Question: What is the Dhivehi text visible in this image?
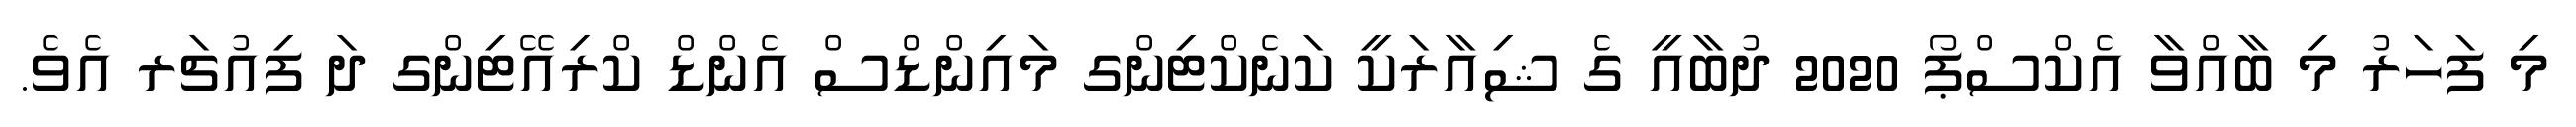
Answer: މި ފަހަރު މި ބާއްވާ އެކްސްޕޯ 2020 ދުބާއީ ގެ ޝިއާރަކީ ކަނެކްޓިންގ މައިންޑްސް އެންޑް ކްރިއޭޓިންގ ދަ ފިއުޗަރ އެވެ.